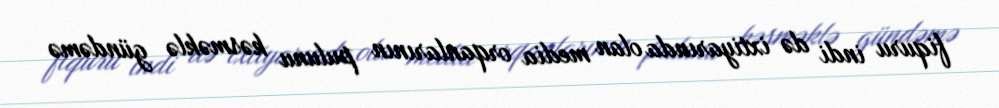
fiquru indi də ixtiyarında olan media orqanlarının pulunu kəsməklə gündəmə